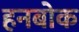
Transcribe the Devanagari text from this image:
हनबोक